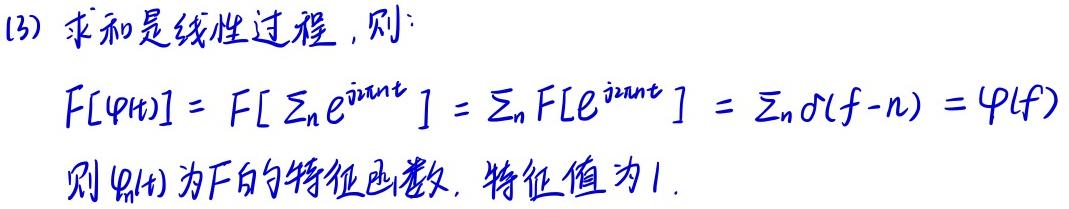
(3) 求和是线性过程，则：
\[
F[\varphi(t)] = F\left[\sum_{n}e^{j2\pi nt}\right] = \sum_{n}F\left[e^{j2\pi nt}\right] = \sum_{n}\delta(f - n) = \varphi(f)
\]
则\(\varphi(t)\)为\(F\)的特征函数，特征值为\(1\)。